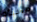
مخبأه